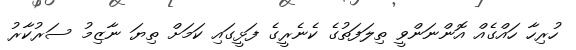
ހުރިހާ ހައްގެއް އޮންނަންވީ ތިލަފަތުގެ ކެނެރީގެ ފަޅީގައި ކަމަށް ތިޔަ ނާޒިމު ސަރުކާރު